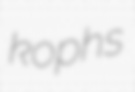
kophs